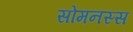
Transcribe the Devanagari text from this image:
सोमनस्स